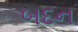
બદન